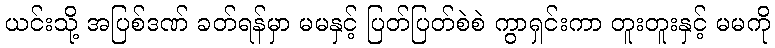
ယင်းသို့ အပြစ်ဒဏ် ခတ်ရန်မှာ မမနှင့် ပြတ်ပြတ်စဲစဲ ကွာရှင်းကာ တူးတူးနှင့် မမကို